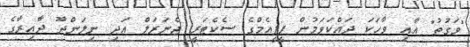
"ވަގުތު" އާއި ވާހަކަ ދައްކަވަމުން ޕީޕީއެމްގެ ސެކެޓަރީ ޖެނަރަލް އަދި ނިލަންދޫ ދާއިރާގެ